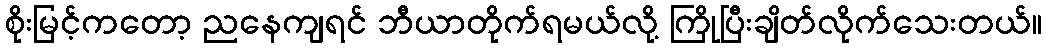
စိုးမြင့်ကတော့ ညနေကျရင် ဘီယာတိုက်ရမယ်လို့ ကြိုပြီးချိတ်လိုက်သေးတယ်။